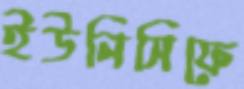
ইউনিসিফে